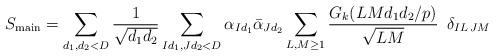
LaTeX: \begin{align*} S_{\mathrm{main}}= \sum_{d_1,d_2<D}\frac{1}{\sqrt{d_1d_2}} \sum_{Id_1, Jd_2<D}\alpha_{Id_1}\bar{\alpha}_{Jd_2}\sum_{L, M\geq 1}\frac{G_k(LMd_1d_2\slash p)}{\sqrt{LM}}\,\ \delta_{IL\, JM} \end{align*}